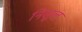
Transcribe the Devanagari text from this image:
निसूल